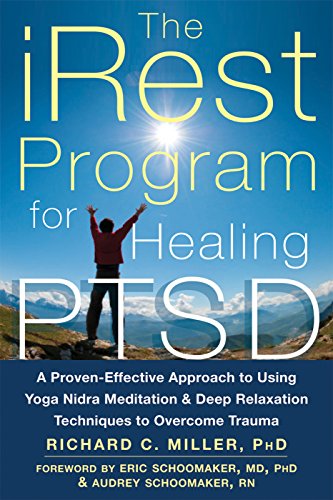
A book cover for The iRest Program for Healing PTSD: A Proven-Effective Approach to Using Yoga Nidra Meditation and Deep Relaxation Techniques to Overcome Trauma; Richard C. Miller PhD; Self-Help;